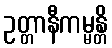
ဥတ္တာနီကမ္မန္တိ